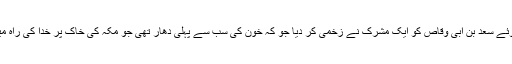
۳- اسی طرح جب ایک مرتبہ نماز پڑھتے ہوئے سعد بن ابی وقاص کو ایک مشرک نے زخمی کر دیا جو کہ خون کی سب سے پہلی دھار تھی جو مکہ کی خاک پر خدا کی راہ میں بہی، اس پر بھی کوئی رد عمل نہ کیا گیا۔